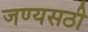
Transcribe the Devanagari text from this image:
जण्यसठी